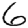
Digit: 6